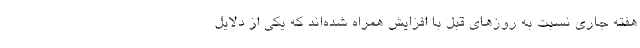
هفته جاری نسبت به روزهای قبل با افزایش همراه شده‌اند که یکی از دلایل